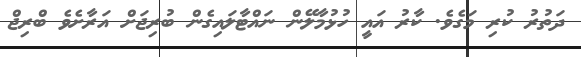
ދަތުރު ކުރި މަގެވެ. ކާރު އައީ ހުޅުމާލޭން ނައްޓާލައިގެން ބުރިޖަށް އަރާށެވެ ބްރިޖް